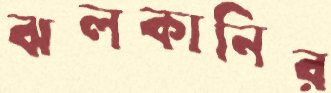
ঝলকানির